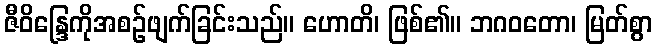
ဇီဝိန္ဒြေကိုအစဉ်ဖျက်ခြင်းသည်။ ဟောတိ၊ ဖြစ်၏။ ဘဂဝတော၊ မြတ်စွာ